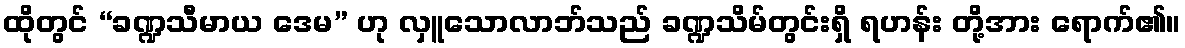
ထိုတွင် “ခဏ္ဍသီမာယ ဒေမ” ဟု လှူသောလာဘ်သည် ခဏ္ဍသိမ်တွင်းရှိ ရဟန်း တို့အား ရောက်၏။